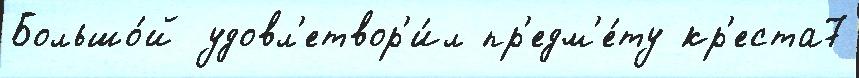
Большо́й удовл'етвор'и́л пр'едм'е́ту кр'еста7